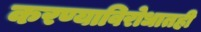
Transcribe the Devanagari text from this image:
करण्याविरोधातही